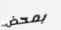
بمحض